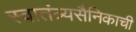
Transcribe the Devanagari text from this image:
स्वातंत्र्यसैनिकाची